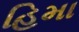
હિમા